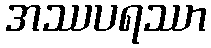
အဿပရဿာ